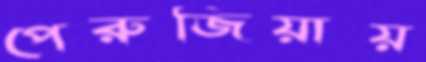
পেরুজিয়ায়